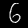
Digit: 6